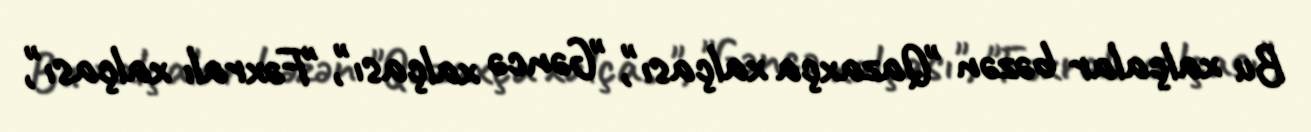
Bu xalçalar bəzən "Qazaxça xalçası", "Gəncə xalçası", "Fəxralı xalçası",